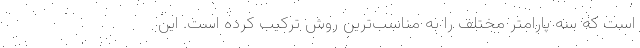
است که سه پارامتر مختلف را به مناسب‌ترین روش ترکیب کرده است. این